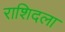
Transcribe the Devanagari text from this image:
राशिदला